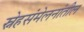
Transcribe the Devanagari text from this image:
स्नेहसंमेलनांतील